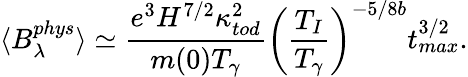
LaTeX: \langle B_{\lambda}^{phys}\rangle\simeq\frac{e^{3}H^{7/2}\kappa_{tod}^{2}}{m(0)T_{\gamma}}\left(\frac{T_{I}}{T_{\gamma}}\right)^{-5/8b}t_{max}^{3/2}.